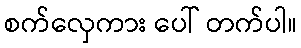
စက်လှေကား ပေါ် တက်ပါ။